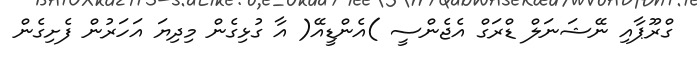
ގްރޫޕާއި ނޭޝަނަލް ޑްރަގް އެޖެންސީ )އެންޑީއޭ( އާ ގުޅިގެން މިދިޔަ އަހަރުން ފެށިގެން